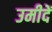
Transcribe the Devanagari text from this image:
उमीदें